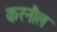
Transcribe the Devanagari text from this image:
करनौल